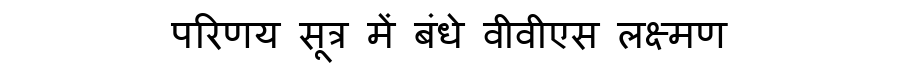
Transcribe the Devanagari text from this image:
परिणय सूत्र में बंधे वीवीएस लक्ष्मण